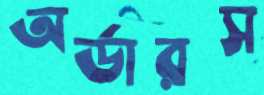
অর্ডারস